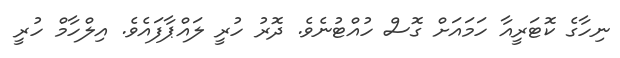
ނިހާގެ ކޮޓަރީއާ ހަމައަށް ގޮސް ހުއްޓުނެވެ. ދޮރު ހުރީ ލައްޕާފައެވެ. އިލްހާމް ހުރީ